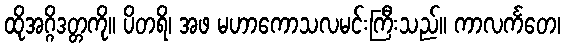
ထိုအဂ္ဂိဒတ္တကို။ ပိတရိ၊ အဖ မဟာကောသလမင်းကြီးသည်။ ကာလင်္ကတေ၊